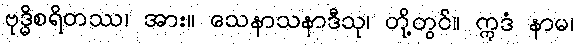
ဗုဒ္ဓိစရိတဿ၊ အား။ သေနာသနာဒီသု၊ တို့တွင်။ ဣဒံ နာမ၊